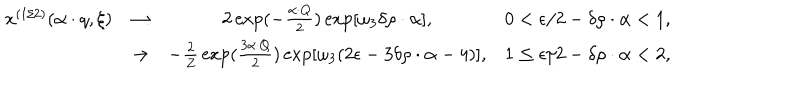
\begin{array} { c c c r } { { x ^ { ( 1 / 2 ) } ( \alpha \cdot q , \xi ) } } & { { \rightarrow } } & { { 2 \exp ( - { \frac { \alpha \cdot Q } { 2 } } ) \exp [ \omega _ { 3 } \delta \rho \cdot \alpha ] , } } & { { 0 < \epsilon / 2 - \delta \rho \cdot \alpha < 1 , } } \\ { { } } & { { \rightarrow } } & { { - { \frac { 2 } { Z } } \exp ( { \frac { 3 { \alpha \cdot Q } } { 2 } } ) \exp [ \omega _ { 3 } ( 2 \epsilon - 3 \delta \rho \cdot \alpha - 4 ) ] , } } & { { 1 \leq \epsilon / 2 - \delta \rho \cdot \alpha < 2 , } } \\ \end{array}